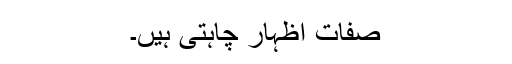
صفات اظہار چاہتی ہیں۔